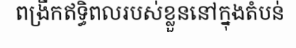
ពង្រីកឥទ្ធិពលរបស់ខ្លួននៅក្នុងតំបន់